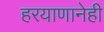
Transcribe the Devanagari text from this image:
हरयाणानेही